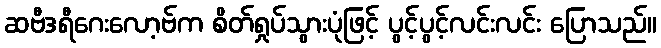
ဆဗီဒရီဂေးလော့ဗ်က စိတ်ရှုပ်သွားပုံဖြင့် ပွင့်ပွင့်လင်းလင်း ပြောသည်။